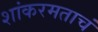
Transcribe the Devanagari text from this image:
शांकरमताचं